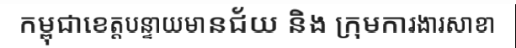
កម្ពុជាខេត្តបន្ទាយមានជ័យ និង ក្រុមការងារសាខា